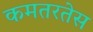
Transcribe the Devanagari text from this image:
कमतरतेस